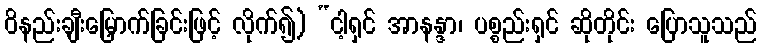
ဝိနည်းချီးမြှောက်ခြင်းဖြင့် လိုက်၍) “ငါ့ရှင် အာနန္ဒာ၊ ပစ္စည်းရှင် ဆိုတိုင်း ပြောသူသည်